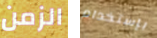
الزمن بإستخدام